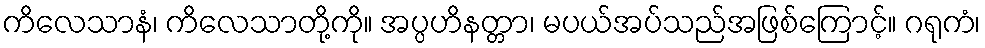
ကိလေသာနံ၊ ကိလေသာတို့ကို။ အပ္ပဟိနတ္တာ၊ မပယ်အပ်သည်အဖြစ်ကြောင့်။ ဂရုကံ၊